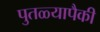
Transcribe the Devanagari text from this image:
पुतळ्यापैकी